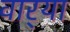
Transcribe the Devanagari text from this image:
वार्‍या